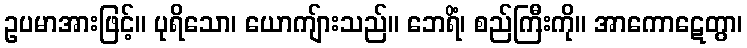
ဥပမာအားဖြင့်။ ပုရိသော၊ ယောကျ်ားသည်။ ဘေရိံ၊ စည်ကြီးကို။ အာကောဋေတွာ၊